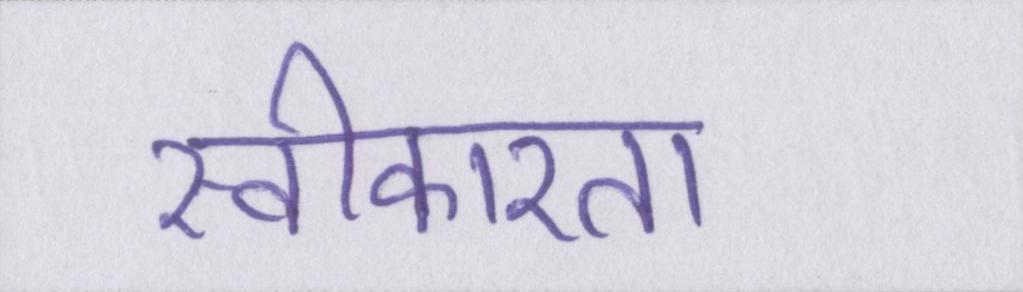
स्वीकारता